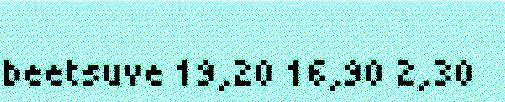
beetsuve 19,20 16,90 2,30